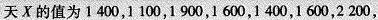
天X的值为1400，1100，1900，1600，1400，1600，2 200，